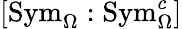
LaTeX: \left[\mathrm{Sym}_{\Omega}:\mathrm{Sym}_{\Omega}^{c}\right]